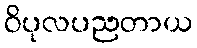
ဝိပုလပညတာယ